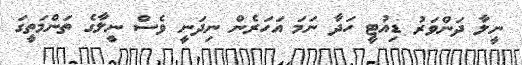
ނީލާ ދަންވަރު ޑިއުޓީ ހަދާ ނަމަ އަހަރެން ނިދަނީ ވެސް ނީލާގެ ތަންމަތީގަ